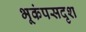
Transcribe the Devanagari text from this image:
भूकंपसदृश